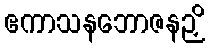
ဧကာသနဘောဇနဉှိ